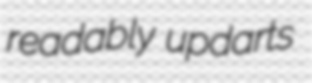
readably updarts